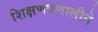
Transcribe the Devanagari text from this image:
शिक्षणप्रणालीने